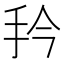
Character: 𭠔